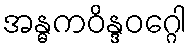
အန္ဓကဝိန္ဒဝဂ္ဂေါ